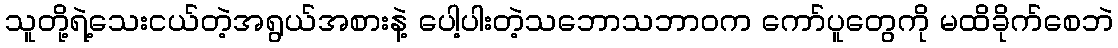
သူတို့ရဲ့သေးငယ်တဲ့အရွယ်အစားနဲ့ ပေါ့ပါးတဲ့သဘောသဘာဝက ကော်ပူတွေကို မထိခိုက်စေဘဲ